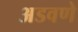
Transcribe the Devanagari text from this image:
अडवणे